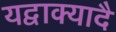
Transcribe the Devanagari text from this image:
यद्वाक्यादै